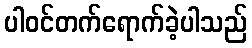
ပါဝင်တက်ရောက်ခဲ့ပါသည်